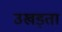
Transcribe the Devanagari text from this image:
उखड़ता